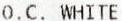
O.C. WHITE